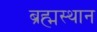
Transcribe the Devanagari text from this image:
ब्रह्मस्थान